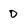
Character: D